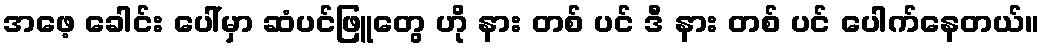
အဖေ့ ခေါင်း ပေါ်မှာ ဆံပင်ဖြူတွေ ဟို နား တစ် ပင် ဒီ နား တစ် ပင် ပေါက်နေတယ်။